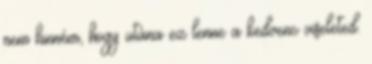
nem hinném, hogy utána ez lenne a kedvenc viseleted.